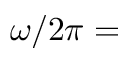
\omega / 2 \pi =